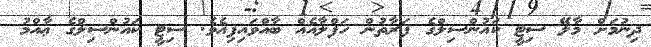
ދިނުމަށް މާލޭ ސިޓީ ކައުންސިލްގެ ފަރާތުން ހަފްލާއެއް ބާއްވައިފިއެވެ. ސިޓީ ކައުންސިލްގެ ޢާއްމު